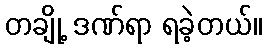
တချို့ ဒဏ်ရာ ရခဲ့တယ်။